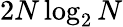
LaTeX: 2N\log_{2}N